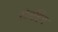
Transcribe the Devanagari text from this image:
टोनहिन